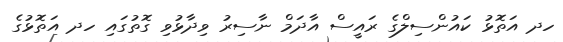
ހދ އަތޮޅު ކައުންސިލްގެ ރައީސް އާދަމް ނާސިރު ވިދާޅުވި ގޮތުގައި ހދ އަތޮޅުގެ